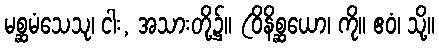
မစ္ဆမံသေသု၊ ငါး, အသားတို့၌။ (ဝိနိစ္ဆယော၊ ကို။ ဧဝံ၊ သို့။